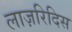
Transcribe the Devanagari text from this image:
लाज़रिदिस